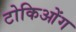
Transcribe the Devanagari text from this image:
टोकिओंग